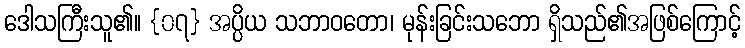
ဒေါသကြီးသူ၏။ {၀၇} အပ္ပိယ သဘာဝတော၊ မုန်းခြင်းသဘော ရှိသည်၏အဖြစ်ကြောင့်